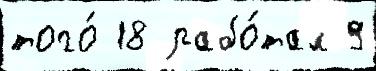
того́ 18 рабо́тал 9